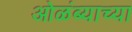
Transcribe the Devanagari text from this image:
ओळंब्याच्या